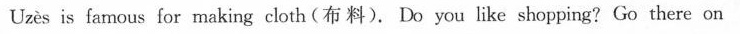
Uzès is famous for making cloth (布 料). Do you like shopping? Go there on